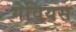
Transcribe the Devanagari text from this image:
गेवियस